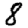
Digit: 8